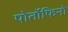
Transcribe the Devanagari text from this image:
पोर्तोफिनो